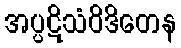
အပ္ပဋိသံဝိဒိတေန